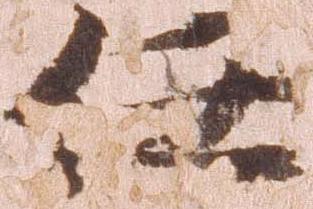
任